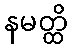
နမတ္ထိ